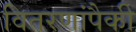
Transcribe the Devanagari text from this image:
वितरणांपैकी